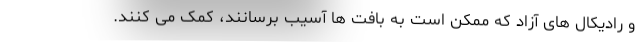
و رادیکال های آزاد که ممکن است به بافت ها آسیب برسانند، کمک می کنند.